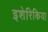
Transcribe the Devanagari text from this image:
इशेरिकिया